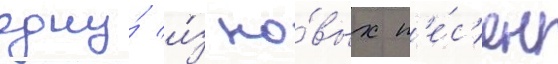
одну́ и́з но́вых п'е́с'ен